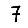
Digit: 7